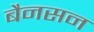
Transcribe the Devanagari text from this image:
बैनसन